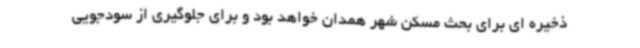
ذخیره ای برای بحث مسکن شهر همدان خواهد بود و برای جلوگیری از سودجویی